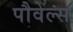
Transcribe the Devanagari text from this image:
पौवेल्स